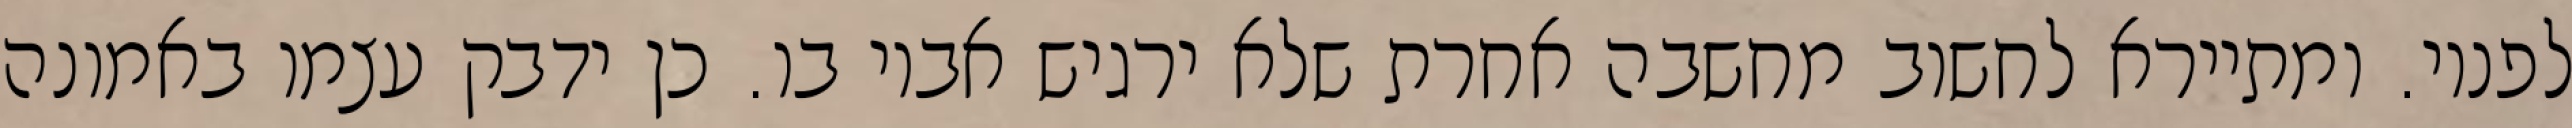
לפניו. ומתיירא לחשוב מחשבה אחרת שלא ירגיש אביו בו. כן ידבק עצמו באמונה